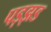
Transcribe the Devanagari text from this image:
पड़झड